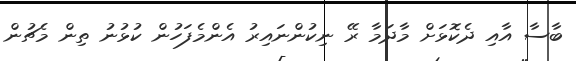
ބާސާ އާއި ދެކޮޅަށް މާދަމާ ރޭ ނިކުންނައިރު އެންމެފަހުން ކުޅުނު ތިން މެޗުން